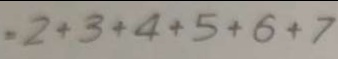
= 2 + 3 + 4 + 5 + 6 + 7